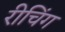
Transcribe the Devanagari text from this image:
रीचिंग